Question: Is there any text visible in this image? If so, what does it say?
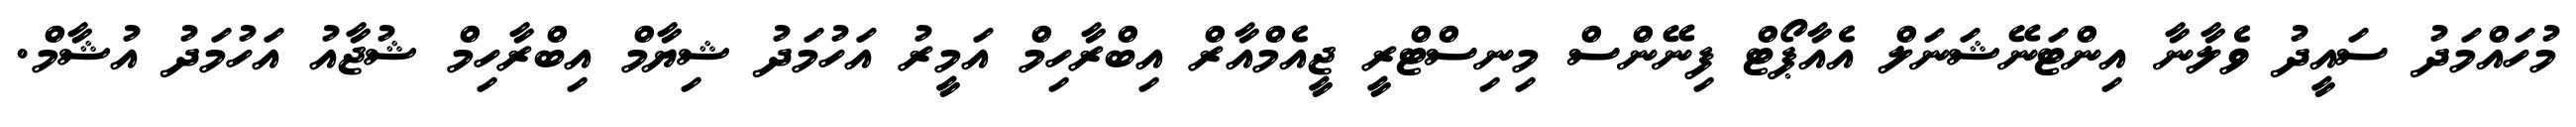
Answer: މުހައްމަދު ސައީދު ވެލާނާ އިންޓަނޭޝަނަލް އެއާޕޯޓް ފިނޭންސް މިނިސްޓްރީ ޖީއެމްއާރް އިބްރާހިމް އަމީރު އަހުމަދު ޝިޔާމް އިބްރާހިމް ޝުޖާއު އަހުމަދު އުޝާމް.